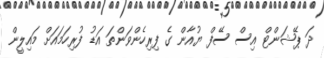
ދަ ޕޭޝަންޓް އިސް ސޭފް ޔުއާން ގެ ފިރިހެންވަންތަ އަޑު ފުރިހަމައަށް މައިލީން